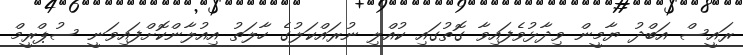
ރައީސް އަބްދު ޔާމީން ވިދާޅުވެފައިވާ ގޮތުގައި ކުއްލި ނުރައްކަލުގެ ހާލަތު އިއުލާންކޮށްފައިވަނީ ސުޕްރީމް